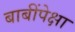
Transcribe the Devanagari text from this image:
बाबींपेक्षा